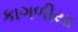
કાગળીયા